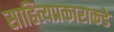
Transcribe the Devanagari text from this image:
साहित्यप्रकाराकडे